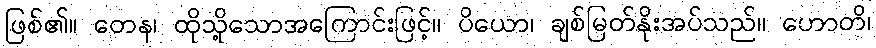
ဖြစ်၏။ တေန၊ ထိုသို့သောအကြောင်းဖြင့်။ ပိယော၊ ချစ်မြတ်နိုးအပ်သည်။ ဟောတိ၊